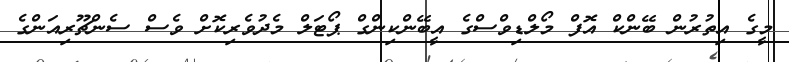
މީގެ އިތުރުން ބޭންކް އޮފް މޯލްޑިވްސްގެ އީބޭންކިންގް ޕޯޓަލް މެދުވެރިކޮށް ވެސް ސެންޗޫރިއަންގެ